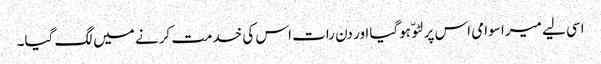
اسی لیے میرا سوامی اس پر لٹو ّ ہوگیا اور دن رات اس کی خدمت کرنے میں لگ گیا۔